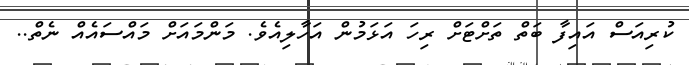
ކުރިއަސް އައިފާ ބަތް ތަށްޓަށް ރިހަ އަޅަމުން އަހާލިއެވެ. މަންމައަށް މައްސައެއް ނެތް..